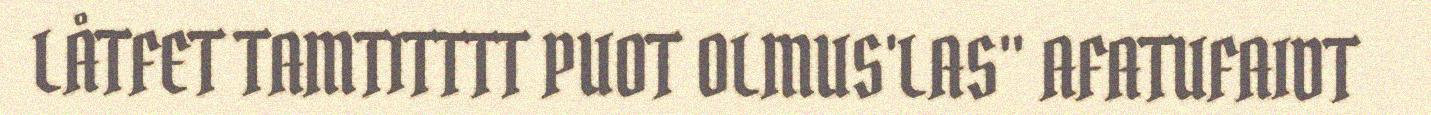
LÅTFET TAMTITTTT PUOT OLMUS'LAS" AFATUFAIDT